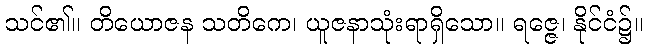
သင်၏။ တိယောဇန သတိကေ၊ ယူဇနာသုံးရာရှိသော။ ရဇ္ဇေ၊ နိုင်ငံ၌။